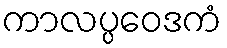
ကာလပ္ပဝေဒကံ